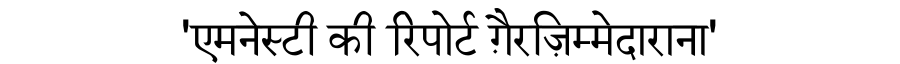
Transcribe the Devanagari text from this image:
'एमनेस्टी की रिपोर्ट ग़ैरज़िम्मेदाराना'